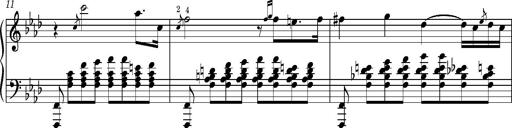
Title: Introduction des Variations sur une marche du SiÃ¨ge de Corinthe, S.421a
Composer: Franz Liszt
Key: F minor